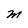
Character: M